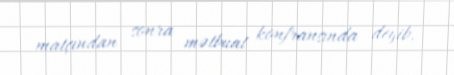
matçından sonra mətbuat konfransında deyib.